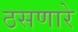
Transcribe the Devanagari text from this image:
ठसणारे